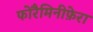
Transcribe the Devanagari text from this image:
फोरैमिनीफ़ेरा